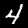
Digit: 4